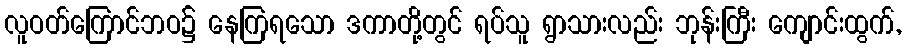
လူဝတ်ကြောင်ဘဝ၌ နေကြရသော ဒကာတို့တွင် ရပ်သူ ရွာသားလည်း ဘုန်းကြီး ကျောင်းထွက်,